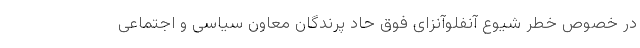
در خصوص خطر شیوع آنفلوآنزای فوق حاد پرندگان معاون سیاسی و اجتماعی